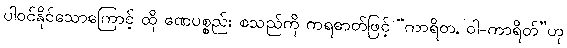
ပါဝင်နိုင်သောကြောင့် ထို ဏေပစ္စည်း စသည်ကို ကရဓာတ်ဖြင့် “ကာရိတ, ဝါ-ကာရိတ်”ဟု